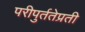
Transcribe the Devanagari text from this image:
परीपुर्ततेप्रती